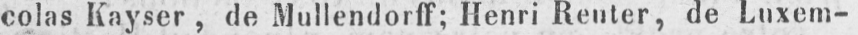
colas Kayser, de Mullendorff; Henri Reuter, de Luxem-